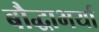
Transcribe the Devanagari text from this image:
बौद्धाभर्या